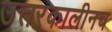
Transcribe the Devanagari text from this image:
उत्तरकालीनच